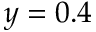
y = 0 . 4